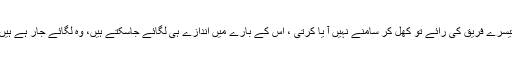
تیسرے فریق کی رائے تو کھل کر سامنے نہیں آ یا کرتی ، اس کے بارے میں اندازے ہی لگائے جاسکتے ہیں، وہ لگائے جار ہے ہیں۔